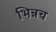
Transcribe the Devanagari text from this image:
भिन्नच